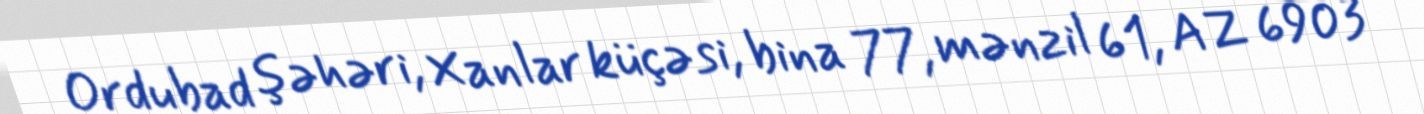
Ordubad şəhəri, Xanlar küçəsi, bina 77, mənzil 61, AZ 6903